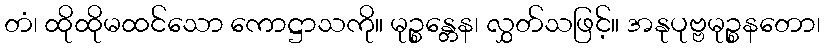
တံ၊ ထိုထိုမထင်သော ကောဋ္ဌာသကို။ မုဉ္စန္တေန၊ လွှတ်သဖြင့်။ အနုပုဗ္ဗမုဉ္စနတော၊